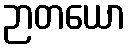
ဉာတယော